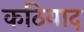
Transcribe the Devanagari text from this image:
कठियाद